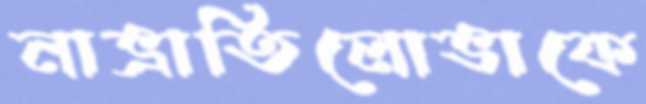
নাভ্রাতিলোভাকে